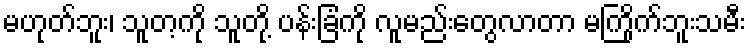
မဟုတ်ဘူး၊ သူတ့ကို သူတို့ ပန်းခြံကို လူမည်းတွေလာတာ မကြိုက်ဘူးသမီး